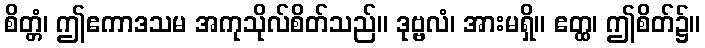
စိတ္တံ၊ ဤဧကာဒသမ အကုသိုလ်စိတ်သည်။ ဒုဗ္ဗလံ၊ အားမရှိ။ ဧတ္ထ၊ ဤစိတ်၌။